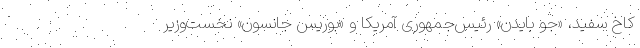
کاخ سفید، «جو بایدن» رئیس‌جمهوری آمریکا و «بوریس جانسون» نخست‌وزیر